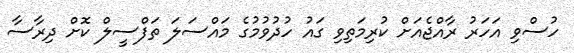
ހުސްވި އަހަރު ރާއްޖެއަށް ކުރިމަތިވި ގައު ހުދުވުމުގެ މައްސަލަ ތަފްސީލް ކޮށް ދިރާސާ